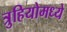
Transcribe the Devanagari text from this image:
त्रुहियोमध्ये